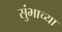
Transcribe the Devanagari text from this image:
सुंभाच्या